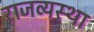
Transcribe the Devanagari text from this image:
राजव्यस्था